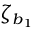
\zeta _ { b _ { 1 } }